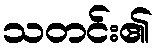
သတင်း၏